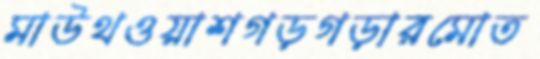
মাউথওয়াশগড়গড়ারমোত